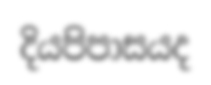
දියපිපාසයද